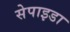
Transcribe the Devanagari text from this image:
सेपाइडा